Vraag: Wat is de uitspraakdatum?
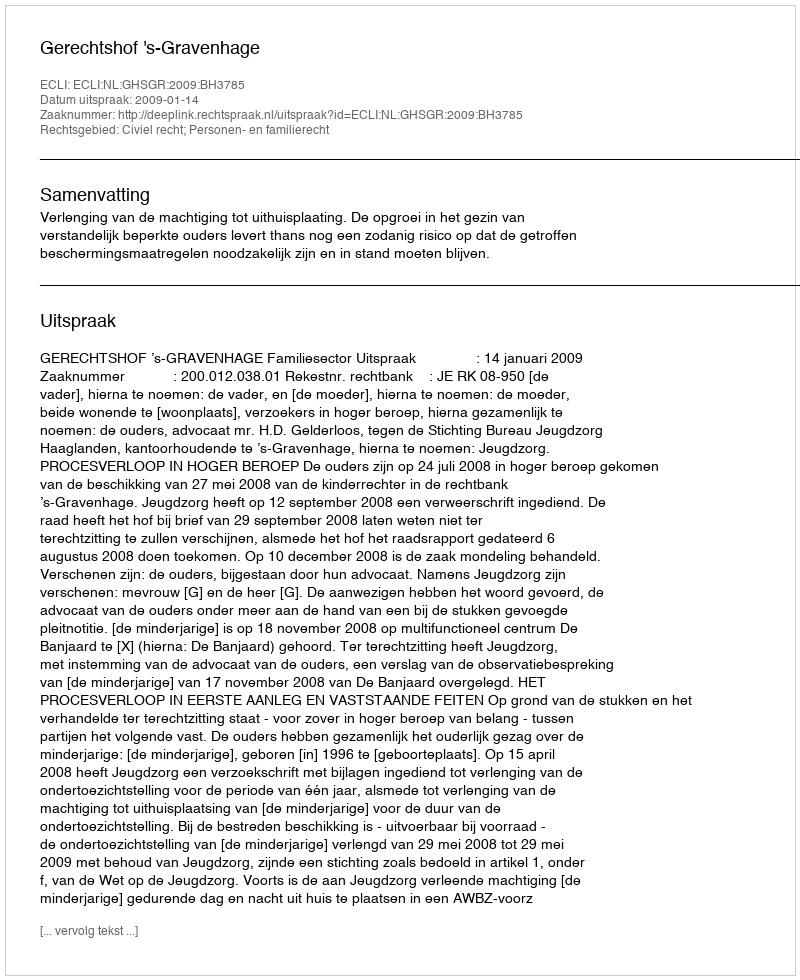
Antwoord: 2009-01-14